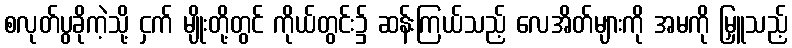
စလုတ်ပွခိုကဲ့သို့ ငှက် မျိုးတို့တွင် ကိုယ်တွင်း၌ ဆန်းကြယ်သည့် လေအိတ်များကို အမကို မြှူသည့်